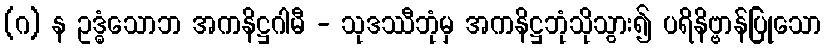
(ဂ) န ဥဒ္ဓံသောဘ အကနိဋ္ဌဂါမီ - သုဒဿီဘုံမှ အကနိဋ္ဌဘုံသိုသွား၍ ပရိနိဗ္ဗာန်ပြုသော